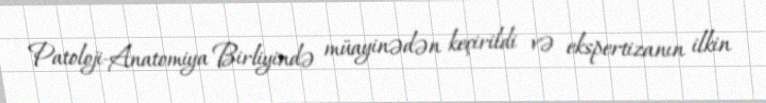
Patoloji-Anatomiya Birliyində müayinədən keçirildi və ekspertizanın ilkin